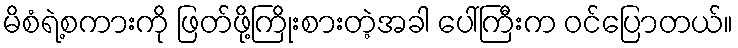
မိစံရဲ့စကားကို ဖြတ်ဖို့ကြိုးစားတဲ့အခါ ပေါ်ကြီးက ဝင်ပြောတယ်။